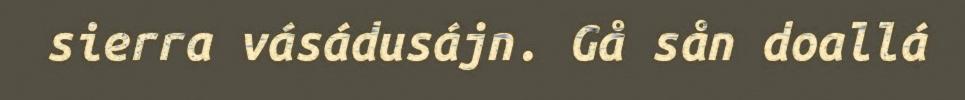
sierra vásádusájn. Gå sån doallá